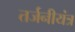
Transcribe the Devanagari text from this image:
तर्जनीयंत्र